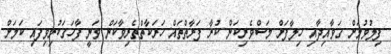
ފިލުވުމަށް ގަވާއިދާއި ހިލާފަށް މަސްވެރިކަން ކުރާ ފަރާތްތައް ހަރަކާތްތެރިވާކަން ވަނީ ފާހަގަކުރިވިފައި ކަމަށް